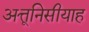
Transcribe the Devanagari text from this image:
अत्तूनिसीयाह